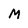
Character: m